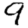
Digit: 9